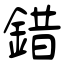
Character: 錯